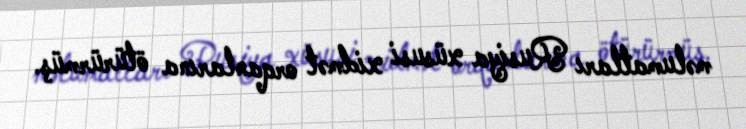
məlumatları Rusiya xüsusi xidmət orqanlarına ötürürmüş.